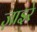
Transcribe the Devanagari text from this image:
ज़ाइरे